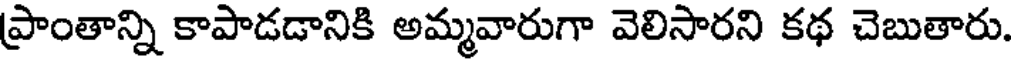
ప్రాంతాన్ని కాపాడడానికి అమ్మవారుగా వెలిసారని కథ చెబుతారు.